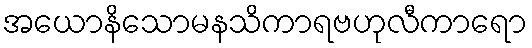
အယောနိသောမနသိကာရဗဟုလီကာရော